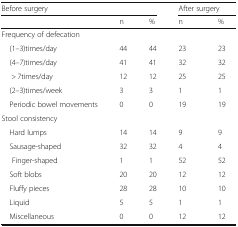
<table><thead><tr><td colspan="3"><b>Before surgery</b></td><td colspan="2"><b>After surgery</b></td></tr><tr><td>[EMPTY_CELL]</td><td><b>n</b></td><td><b>%</b></td><td><b>n</b></td><td><b>%</b></td></tr></thead><tbody><tr><td colspan="5">Frequency of defecation</td></tr><tr><td> (1–3)times/day</td><td>44</td><td>44</td><td>23</td><td>23</td></tr><tr><td> (4–7)times/day</td><td>41</td><td>41</td><td>32</td><td>32</td></tr><tr><td>&gt; 7times/day</td><td>12</td><td>12</td><td>25</td><td>25</td></tr><tr><td> (2–3)times/week</td><td>3</td><td>3</td><td>1</td><td>1</td></tr><tr><td> Periodic bowel movements</td><td>0</td><td>0</td><td>19</td><td>19</td></tr><tr><td colspan="5">Stool consistency</td></tr><tr><td> Hard lumps</td><td>14</td><td>14</td><td>9</td><td>9</td></tr><tr><td> Sausage-shaped</td><td>32</td><td>32</td><td>4</td><td>4</td></tr><tr><td>Finger-shaped</td><td>1</td><td>1</td><td>52</td><td>52</td></tr><tr><td> Soft blobs</td><td>20</td><td>20</td><td>12</td><td>12</td></tr><tr><td> Fluffy pieces</td><td>28</td><td>28</td><td>10</td><td>10</td></tr><tr><td> Liquid</td><td>5</td><td>5</td><td>1</td><td>1</td></tr><tr><td> Miscellaneous</td><td>0</td><td>0</td><td>12</td><td>12</td></tr></tbody></table>